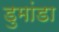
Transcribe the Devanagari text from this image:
डुमांडा